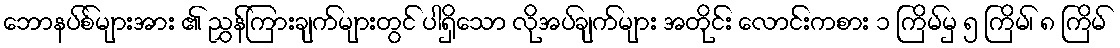
ဘောနပ်စ်များအား ၏ ညွှန်ကြားချက်များတွင် ပါရှိသော လိုအပ်ချက်များ အတိုင်း လောင်းကစား ၁ ကြိမ်မှ ၅ ကြိမ်၊ ၈ ကြိမ်